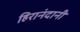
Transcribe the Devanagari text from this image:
हिरानंदानी